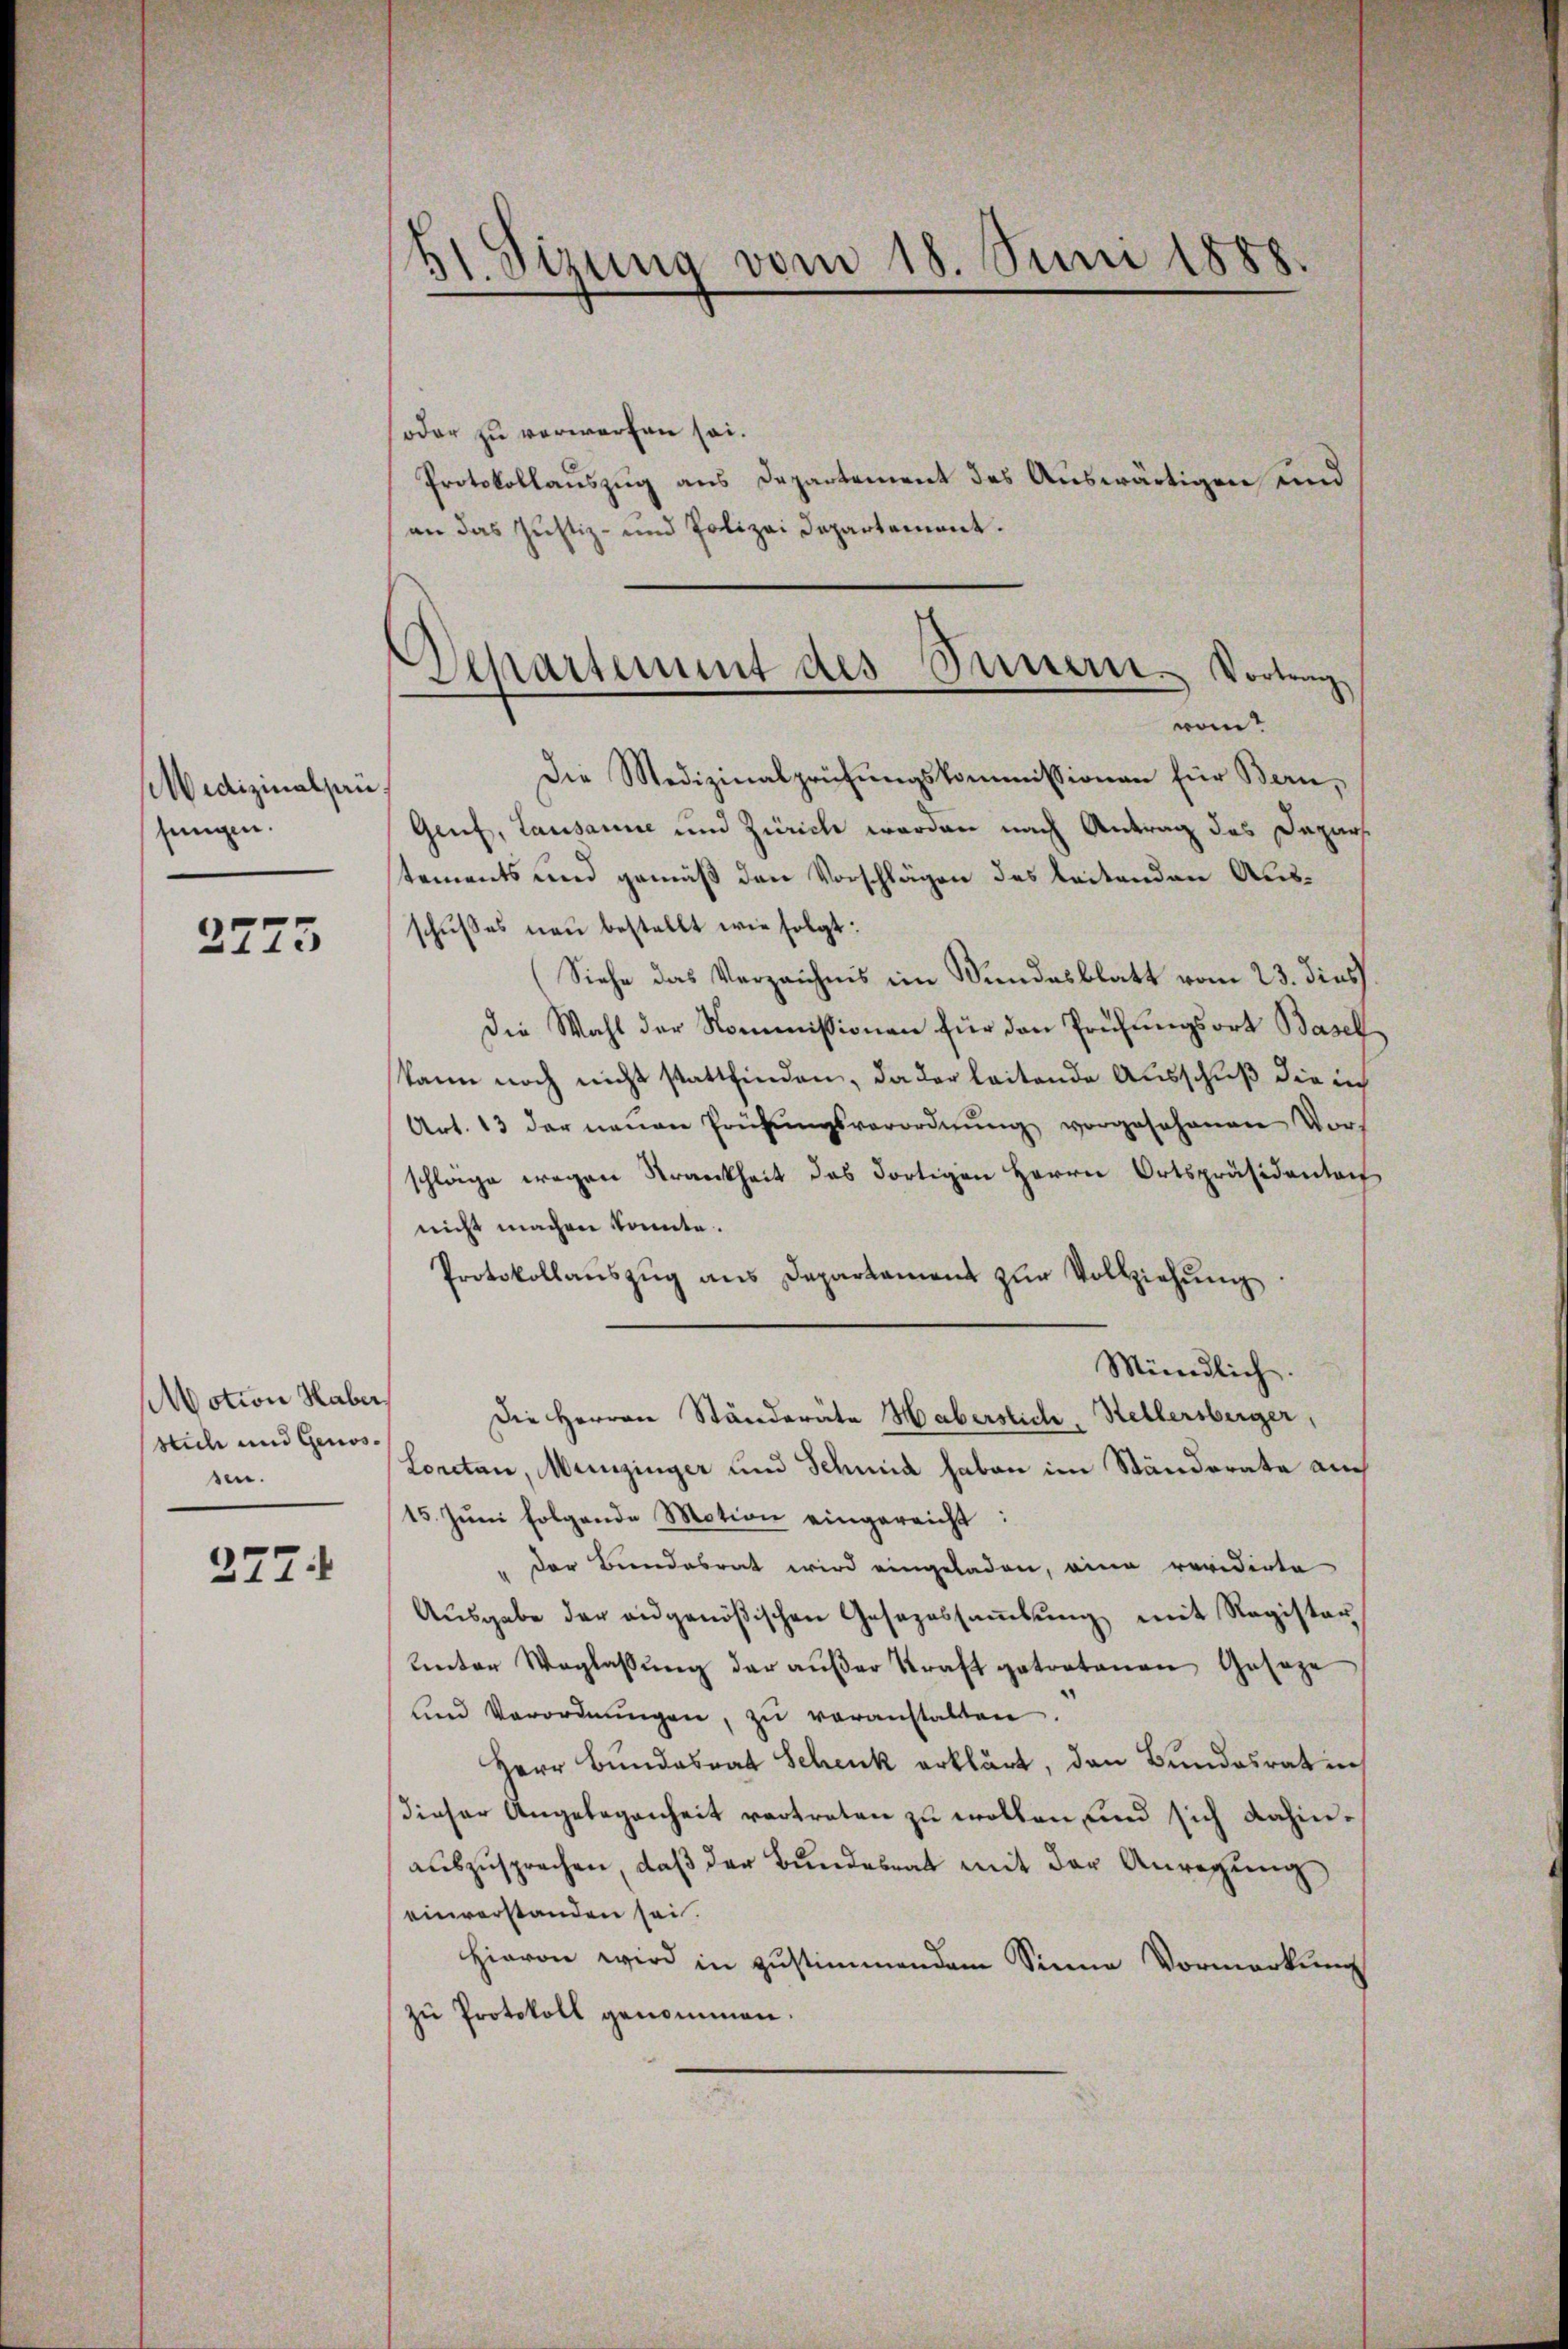
Medizinalpau.
sungen.

2273

Motion Haber,
stich und Genossen.

277.

51. Sizung vom 18. Juni 1888.

soder zu verwerfen sei.
Protokollauszug aus Departement des Auswärtigen und
an das Justiz- und Polizei Departement.

Die Medizinalprüfungskommissionen für Bern,
Genf, Lausanne und Zürich werden nach Antrag des Depar
tements und gemäß den Vorschlägen des leitenden Ausschußes neu bestellt wie folgt:
(Siehe das Verzeichnis im Wundesblatt vom 23. dies
Die Wahl der Kommissionen für den Prüfungsort Basel
kann noch nicht stattfinden, da der leitende Ausschuß die ich
Art. 13 der neuen Prüfŭngsverordnŭng vorgesehenen Vorschlage wegen Strankheit das dortigen Herrn Ortspräsidentai
nicht machen könnte.
Protokollaŭszŭg ans Departament zŭr Vollziehŭng
Mündlich.
Die Herren Ständeräte Haberstich, Stellersberger,
Loretan, Munzinger und Schmid haben im Ständerate auch
15. Jŭni folgende Motion eingereicht:
" der Bundesrat wird eingeladen, eine revidirte
Aŭsgabe der angenößischen Gesezessaṁlŭng mit Register
unter Weglassŭng der aŭβer Kraft getratanen Geseze
und Verordnŭngen, zŭ veranstalten.
Herr Bundesrat Schenk erklärt, den Bundesrat in
dieser Angelegenheit vertreten zu wollen und sich dahinauszusprechen, daß der Bundesrat mit der Anregung
einverstanden sei.
Hievon wird in zustimmendem Sinne Vormerkung
zŭ Protokoll genommen.

Departement des Sauern. Vortrag
won?